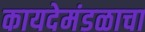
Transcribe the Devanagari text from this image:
कायदेमंडळाचा